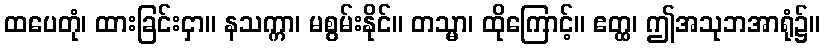
ထပေတုံ၊ ထားခြင်းငှာ။ နသက္ကာ၊ မစွမ်းနိုင်။ တသ္မာ၊ ထိုကြောင့်။ ဧတ္ထ၊ ဤအသုဘအာရုံ၌။